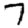
Digit: 7